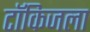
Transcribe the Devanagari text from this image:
टॉकिजला